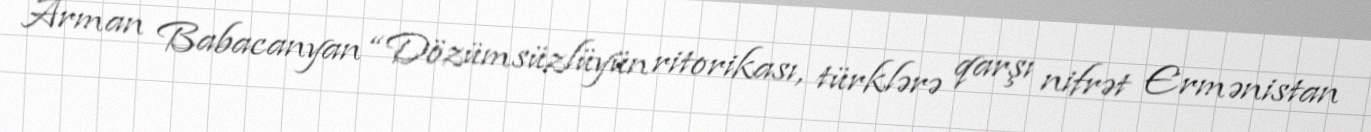
Arman Babacanyan “Dözümsüzlüyün ritorikası, türklərə qarşı nifrət Ermənistan